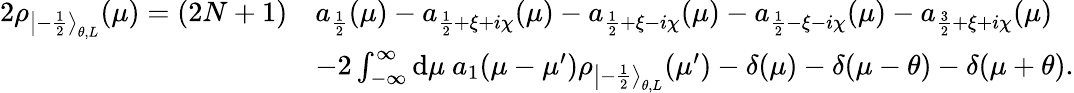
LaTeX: \begin{array}{rl}{2\rho_{{\left|-\frac 12\right\rangle}_{\theta,L}}(\mu)=(2N+1)}&{a_{\frac 12}(\mu)-a_{\frac{1}{2}+\xi+i\chi}(\mu)-a_{\frac{1}{2}+\xi-i\chi}(\mu)-a_{\frac{1}{2}-\xi-i\chi}(\mu)-a_{\frac{3}{2}+\xi+i\chi}(\mu)}\\ &{-2\int_{-\infty}^{\infty}\mathrm{d}\mu~a_{1}(\mu-\mu^{\prime})\rho_{{\left|-\frac 12\right\rangle}_{\theta,L}}(\mu^{\prime})-\delta(\mu)-\delta(\mu-\theta)-\delta(\mu+\theta).}\end{array}